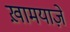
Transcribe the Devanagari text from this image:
ख़ामयाजे़